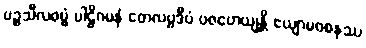
ပဉ္စသီလဓမ္မံ ပါဠိဂမနံ တေလပ္ပဒီပံ ပဇဟေယျန္တိ ဧယျာမဝစနဿ